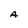
Character: A